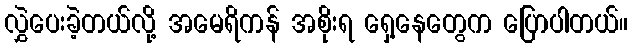
လွှဲပေးခဲ့တယ်လို့ အမေရိကန် အစိုးရ ရှေ့နေတွေက ပြောပါတယ်။